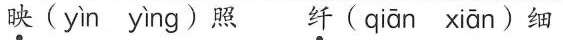
映 ( yìn yìng ) 照 纤 ( qiān xiān ) 细